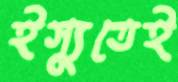
ইস্যুতেই